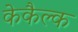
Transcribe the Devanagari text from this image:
केकैल्क